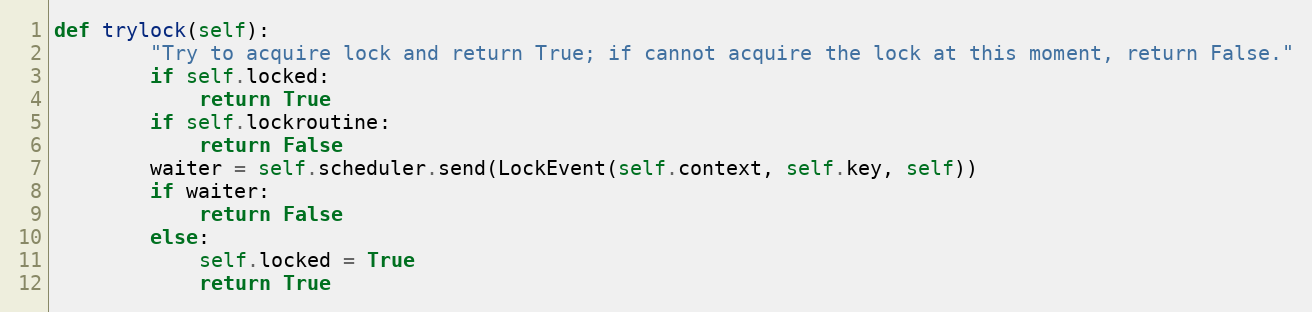
Language: Python
def trylock(self):
        "Try to acquire lock and return True; if cannot acquire the lock at this moment, return False."
        if self.locked:
            return True
        if self.lockroutine:
            return False
        waiter = self.scheduler.send(LockEvent(self.context, self.key, self))
        if waiter:
            return False
        else:
            self.locked = True
            return True